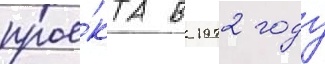
прое́кта в 1972 году